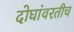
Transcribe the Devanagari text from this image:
दोघांवरतीच